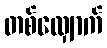
တစ်လျှောက်